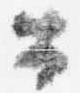
公